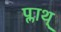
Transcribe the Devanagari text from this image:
प्लाथ्